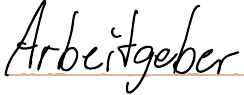
Arbeitgeber